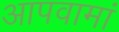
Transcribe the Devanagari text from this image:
आपवामां